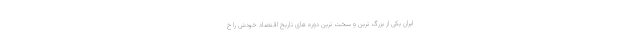
ایران یکی از بزرگ ترین و سخت ترین دوره های تاریخ اقتصاد خودش را خ